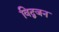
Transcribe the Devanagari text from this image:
विद्वजन